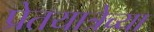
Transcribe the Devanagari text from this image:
प्रेतयात्रेच्या